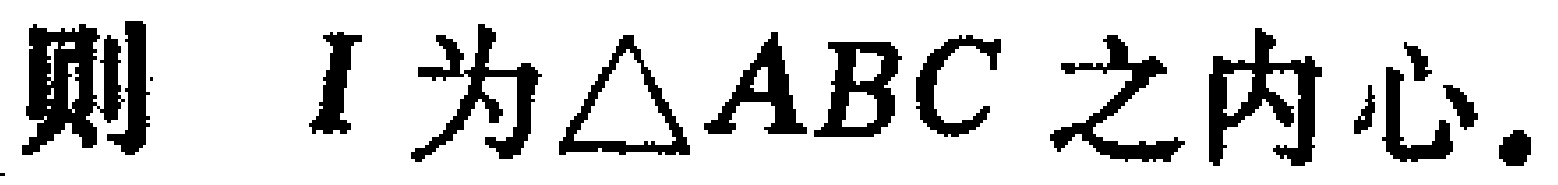
则 \(I\) 为\(\triangle ABC\) 之内心.